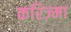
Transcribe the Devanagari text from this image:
करिज़्मा